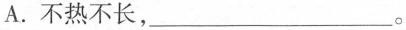
A.不热不长，___。